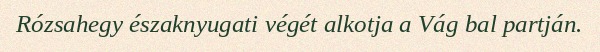
Rózsahegy északnyugati végét alkotja a Vág bal partján.